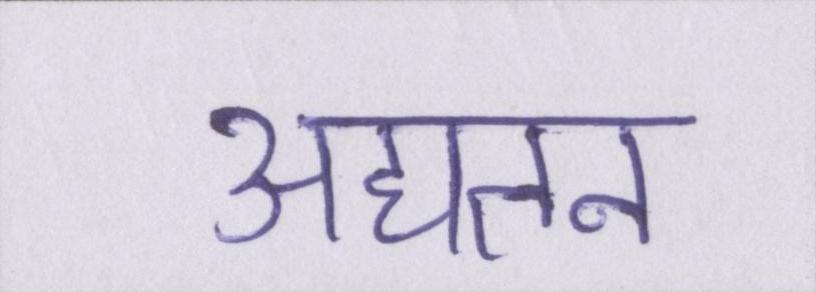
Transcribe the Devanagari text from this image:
अद्यतन